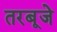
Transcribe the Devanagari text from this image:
तरबूजे